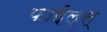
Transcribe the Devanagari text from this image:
फाईल्स्